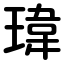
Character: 瑋